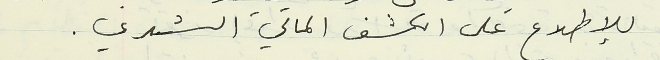
للإطلاع على الكشف المالي الشهري.